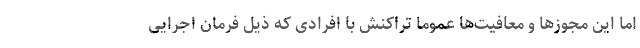
اما این مجوزها و معافیت‌ها عموما تراکنش با افرادی که ذیل فرمان اجرایی